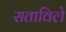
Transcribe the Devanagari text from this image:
सताविले